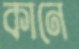
কানে